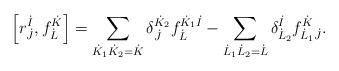
LaTeX: \begin{align*}\left[ r^{\dot{I}}_{\dot{J}}, f^{\dot{K}}_{\dot{L}} \right] = \sum_{\dot{K}_1 \dot{K}_2 = \dot{K}} \delta^{\dot{K}_2}_{\dot{J}} f^{\dot{K}_1 \dot{I}}_{\dot{L}} - \sum_{\dot{L}_1 \dot{L}_2 = \dot{L}} \delta^{\dot{I}}_{\dot{L}_2} f^{\dot{K}}_{\dot{L}_1 \dot{J}}.\end{align*}